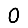
Digit: 0